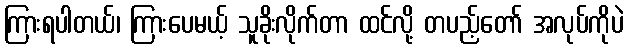
ကြားရပါတယ်၊ ကြားပေမယ့် သူခိုးလိုက်တာ ထင်လို့ တပည့်တော် အလုပ်ကိုပဲ